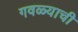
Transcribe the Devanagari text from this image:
गवळ्याची